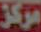
مركز